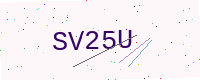
Text: SV25U